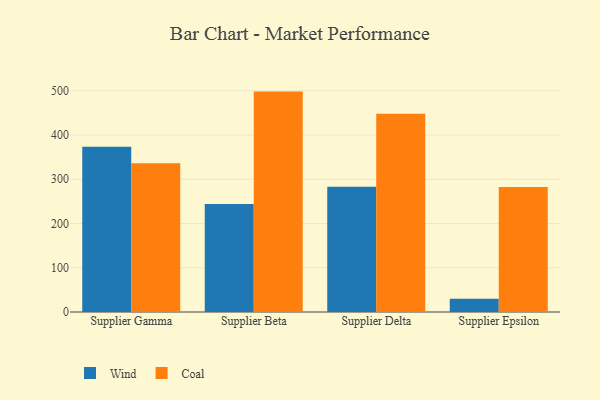
{"axis": {"x": "Supplier", "y": "Conversion Rate (%)"}, "legend": ["Coal", "Wind"], "data": [{"x": "Supplier Gamma", "y": 373.5, "type": "Wind"}, {"x": "Supplier Gamma", "y": 335.9, "type": "Coal"}, {"x": "Supplier Beta", "y": 243.8, "type": "Wind"}, {"x": "Supplier Beta", "y": 498.1, "type": "Coal"}, {"x": "Supplier Delta", "y": 283.1, "type": "Wind"}, {"x": "Supplier Delta", "y": 448.2, "type": "Coal"}, {"x": "Supplier Epsilon", "y": 30.1, "type": "Wind"}, {"x": "Supplier Epsilon", "y": 282.3, "type": "Coal"}]}